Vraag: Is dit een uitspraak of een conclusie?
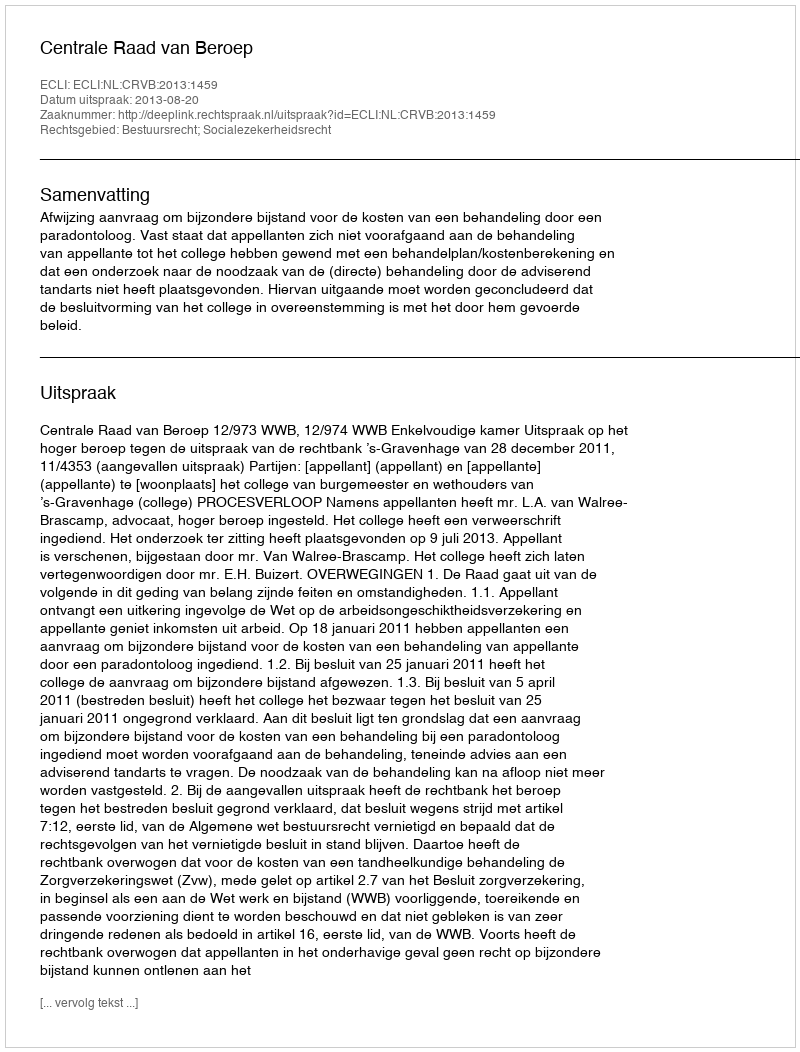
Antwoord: Uitspraak